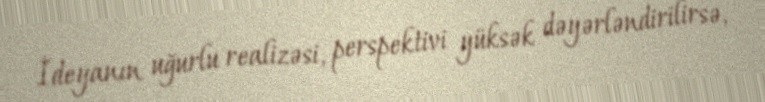
İdeyanın uğurlu realizəsi, perspektivi yüksək dəyərləndirilirsə,